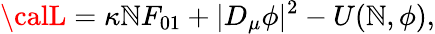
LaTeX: {\calL}=\kappa\mathbb{N}F_{01}+|D_{\mu}\phi|^{2}-U(\mathbb{N},\phi),